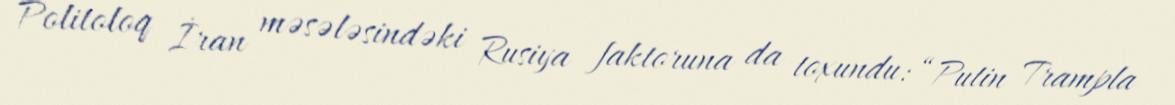
Politoloq İran məsələsindəki Rusiya faktoruna da toxundu: “Putin Trampla